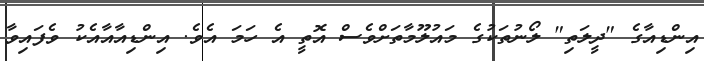
އިންޑިއާގެ "ދީލަތި" ލޯނުތަކުގެ މައުލޫމާތަށްވެސް އޮތީ އެ ހަމަ އެވެ. އިންޑިއާއާއެކު ވެފައިވާ